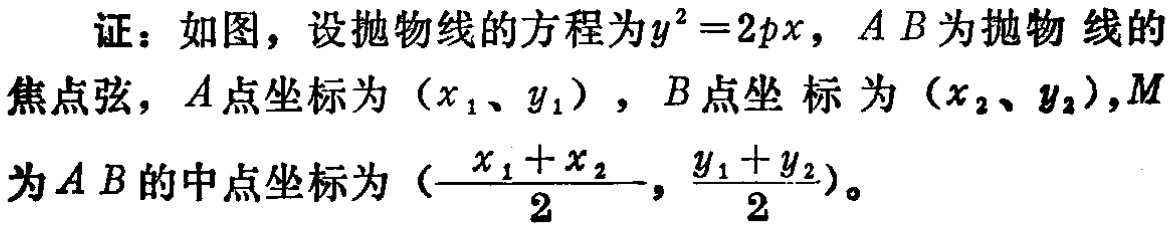
证：如图，设抛物线的方程为\(y^{2}=2px\)，\(AB\)为抛物线的焦点弦，\(A\)点坐标为\((x_{1},y_{1})\)，\(B\)点坐标为\((x_{2},y_{2})\)，\(M\)为\(AB\)的中点坐标为\((\frac{x_{1} + x_{2}}{2},\frac{y_{1} + y_{2}}{2})\)。